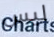
ليس